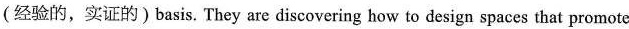
(经验的,实证的)basis, They are discovering how to design spaces that promote